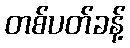
တစ်ပတ်ခန့်